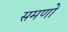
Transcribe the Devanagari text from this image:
समणों